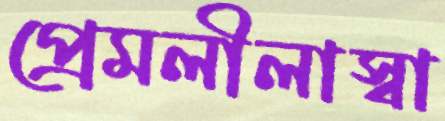
প্রেমলীলাস্বা